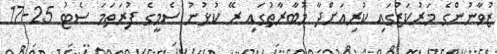
ޒުވާނުންގެ މަރުކަޒުގައި ކުރިއަށްދާ މުބާރާތުގައި ރޭ ކުޅުނު ސެމީގެ ފުރަތަމަ ސެޓު 25-17